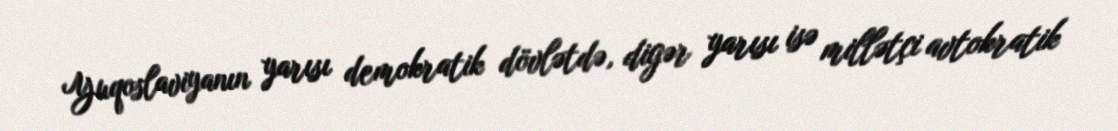
Yuqoslaviyanın yarısı demokratik dövlətdə, digər yarısı isə millətçi avtokratik